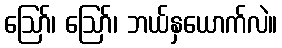
ဪ၊ ဪ၊ ဘယ်နှယောက်လဲ။